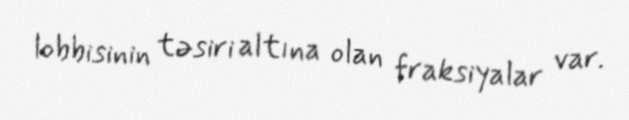
lobbisinin təsiri altına olan fraksiyalar var.